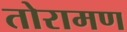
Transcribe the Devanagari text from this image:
तोरामण